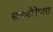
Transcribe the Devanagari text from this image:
साइफ़ोनेप्टरा